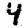
Digit: 4